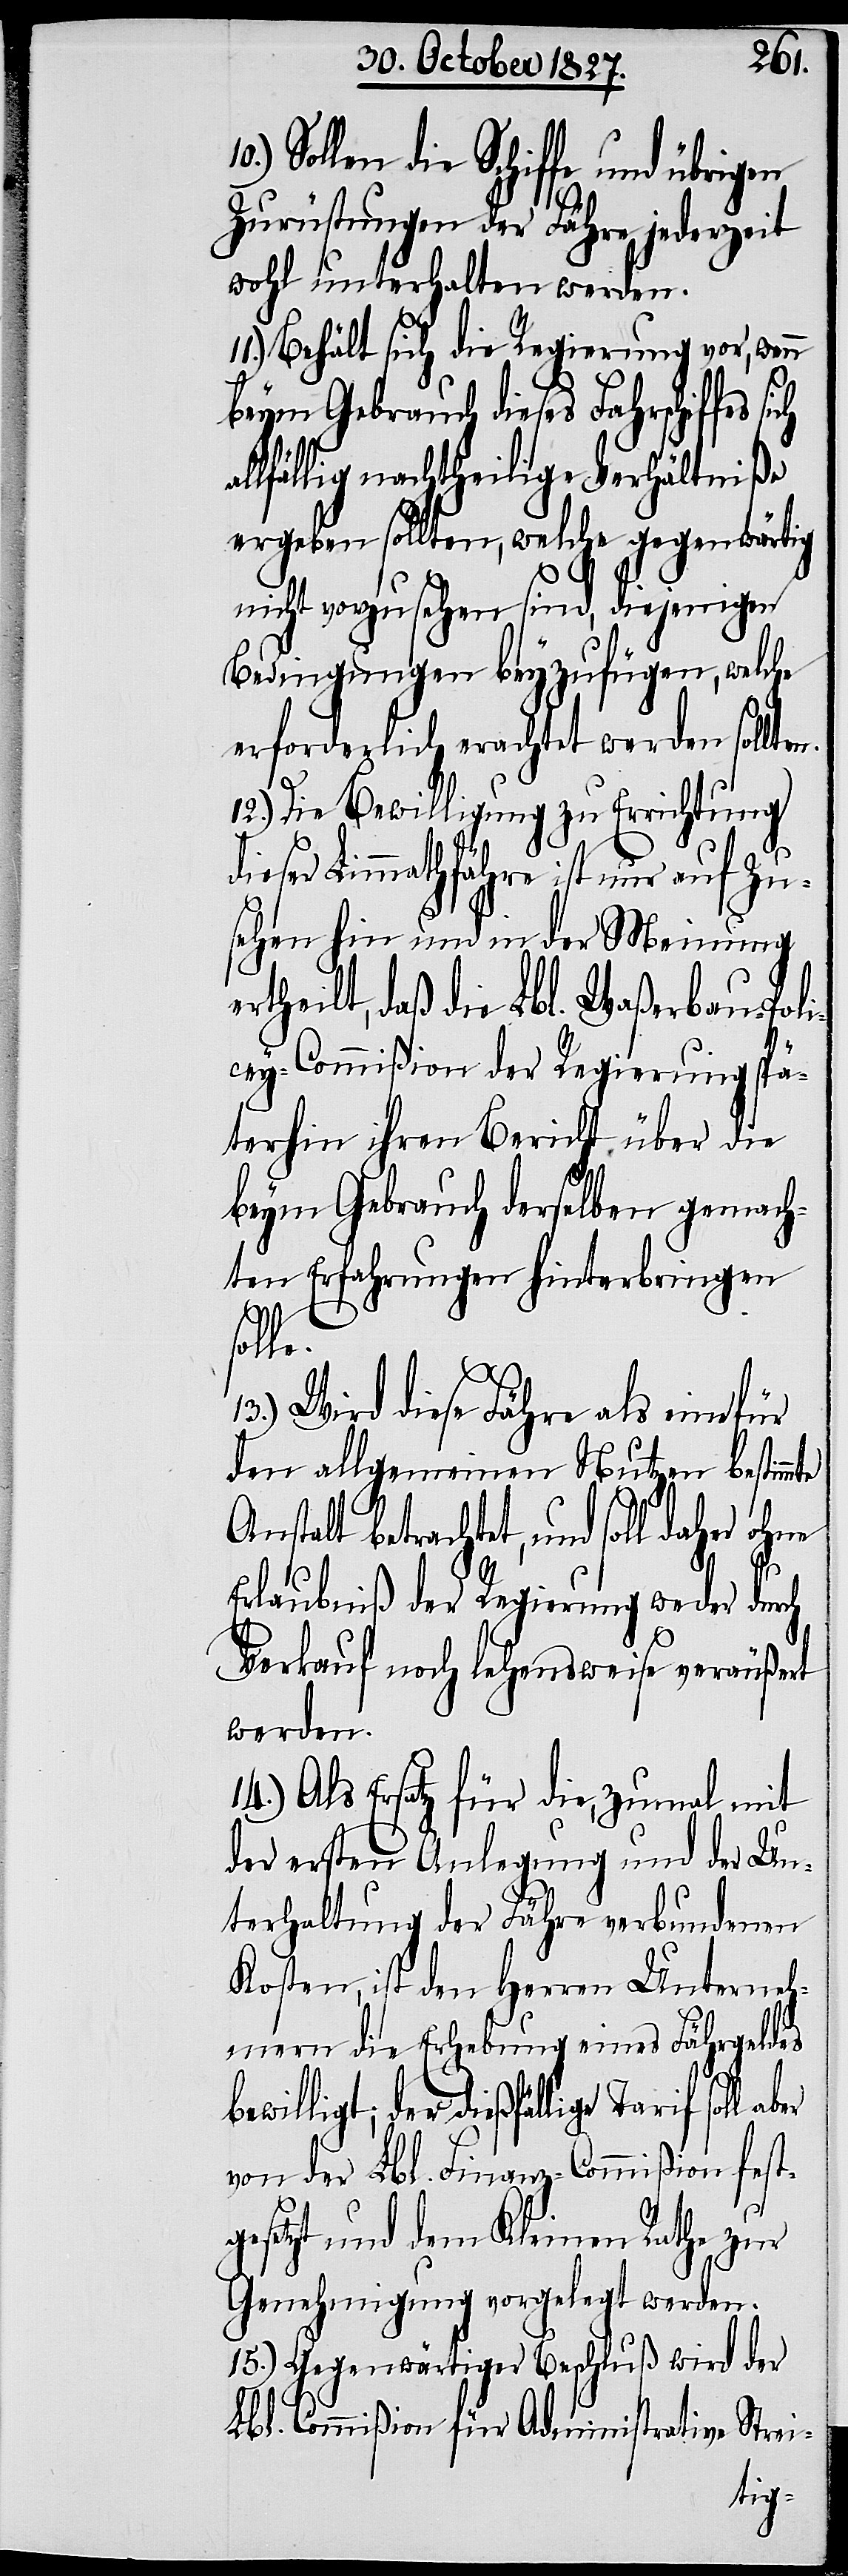
Sollen die Schiffe und übrigen
Zurüstungen der Fähre jederzeit
wohl unterhalten werden.
11.) Behält sich die Regierung vor, wenn
beym Gebrauch dieses Fahrschiffes
lfällig nachtheilige Verhältniße
ergeben sollten, welche gegenwärtig
nicht vorzusehen sind, diejenigen
Bedingungen beyzufügen, welche
erforderlich erachtet werden sollte¬
12.) Die Bewilligung zu Errichtung
dieser Limmathfähre ist nur auf Zu¬
sehen hin und in der Meinung
rtheilt, daß die Lbl. Waßerbau-Poli¬
cey-Commißion der Regierung spä¬
terhin ihren Bericht über die
beym Gebrauch derselben gemach¬
ten Erfahrungen hinterbringen
soll
Wird diese Fähre als eine
den allgemeinen Nutzen bestimme
Anstalt betrachtet, und soll daher
Erlaubniß der Regierung weder durch
Verkauf noch lehensweise veräußert
werden.
14.) Als Ersatz für die, zumal mit
der ersten Anlegung und der Un¬
terhaltung der Fähre verbundenen
Kosten, ist den Herren Unterneh¬
mern die Erhebung eines Fährgeldes
bewilligt; der dießfällige
von der Lbl. Finanz-Commißion fest¬
gesetzt und dem Kleinen Rathe zur
Genehmigung vorgelegt werden.
15.) Gegenwärtiger Beschluß wird der
Lbl. Commißion für Administrative Strei-